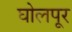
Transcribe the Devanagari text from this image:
घोलपूर